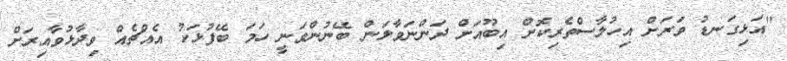
"އަޅިގަނޑު ވަރަށް އިހުލާސްތެރިކޮށް އިބޫއަށް ދަންނަވާލަން ބޭނުންވަނީ ހަމަ ބޭފުޅަކު އެއްޗެއް ވިދާޅުވާއިރަށް